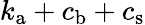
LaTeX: k_{\mathrm{a}}+c_{\mathrm{b}}+c_{\mathrm{s}}